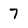
Character: 7